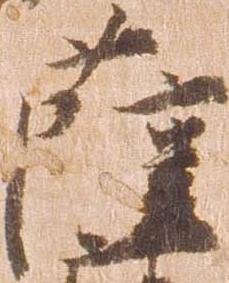
薩